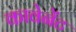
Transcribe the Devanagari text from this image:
कावेनेंट